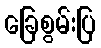
ခြေစွမ်းပြ